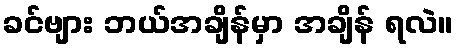
ခင်ဗျား ဘယ်အချိန်မှာ အချိန် ရလဲ။